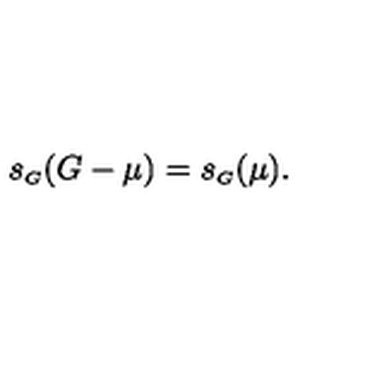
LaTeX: s _ { \scriptscriptstyle G } ( G - \mu ) = s _ { \scriptscriptstyle G } ( \mu ) .